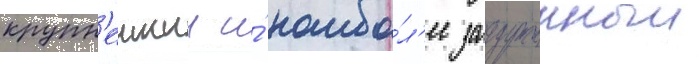
крупн'еишии и́ наибо́л'ее загруженныи